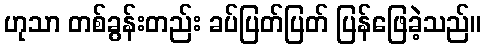
ဟုသာ တစ်ခွန်းတည်း ခပ်ပြတ်ပြတ် ပြန်ဖြေခဲ့သည်။